Bombay plague: being a history of the progress of plague in the Bombay presidency from September 1896 to June 1899
Year: 1896
Disease focus: Plague
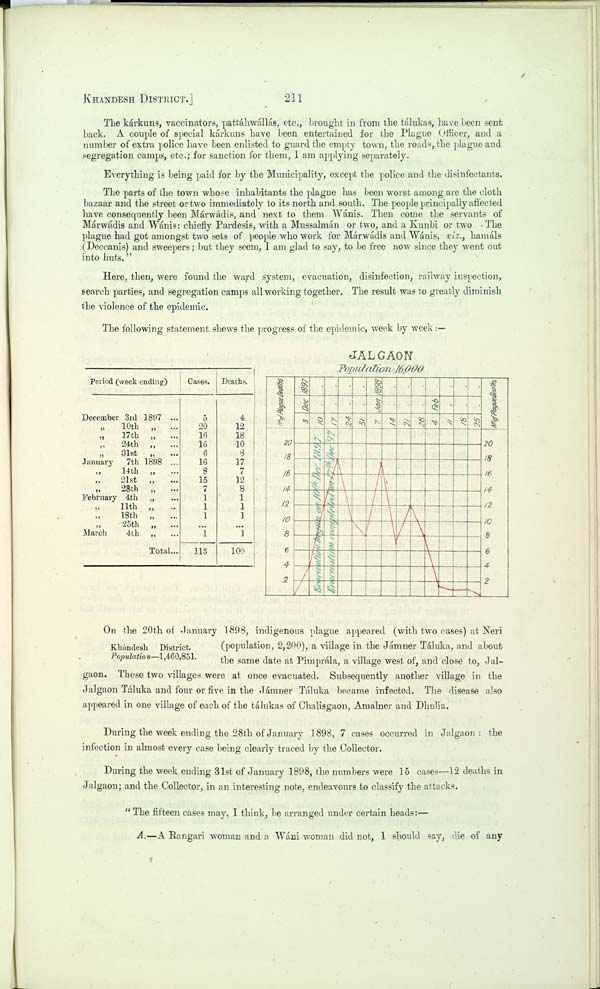
KHANDESH DISTRICT.]
211
The kárkuns, vaccinators, pattáhwállás, etc., brought in from the tálukas, have been sent
back. A couple of special kárkuns have been entertained for the Plague Officer, and a
number of extra police have been enlisted to guard the empty town, the roads, the plague and
segregation camps, etc.; for sanction for them, I am applying separately.
Everything is being paid for by the Municipality, except the police and the disinfectants.
The parts of the town whose inhabitants the plague has been worst among are the cloth
bazaar and the street or two immediately to its north and south. The people principally affected
have consequently been Márwádis, and next to them Wánis. Then come the servants of
Márwádis and Wánis: chiefly Pardesis, with a Mussalmán or two, and a Kunbi or two. The
plague had got amongst two sets of people who work for Márwádis and Wánis, viz., hamáls
(Deccanis) and sweepers; but they seem, I am glad to say, to be free now since they went out
into huts."
Here, then, were found the ward system, evacuation, disinfection, railway inspection,
search parties, and segregation camps all working together. The result was to greatly diminish
the violence of the epidemic.
The following statement shews the progress of the epidemic, week by week:—
Period (week ending)
December 3rd
1897
"
10th
"
" 17th "
" 24th "
"
31st
"
January
7th 1898
" 14th "
"
21st
"
" 28th "
February 4th "
" 11th "
" 18th "
" 25th "
March
4th "
Total
Cases.
5
20
16
16
6
16
8
15
7
1
1
1
1
113
Deaths.
4
12
18
10
8
17
7
12
8
1
1
1
1
100
JALGAON
Population 16,000
Khándesh District.
Population—1,460,851.
On the 20th of January 1898, indigenous plague appeared (with two cases) at Neri
(population, 2,200), a village in the Jámner Táluka, and about
the same date at Pimprála, a village west of, and close to, Jal-
gaon. These two villages were at once evacuated. Subsequently another village in the
Jalgaon Táluka and four or five in the Jámner Táluka became infected. The disease also
appeared in one village of each of the tálukas of Chalisgaon, Amalner and Dhulia.
During the week ending the 28th of January 1898, 7 cases occurred in Jalgaon: the
infection in almost every case being clearly traced by the Collector.
During the week ending 31st of January 1898, the numbers were 15 cases—12 deaths in
Jalgaon; and the Collector, in an interesting note, endeavours to classify the attacks.
"The fifteen cases may, I think, be arranged under certain heads:—
A.—A Rangari woman and a Wáni woman did not, I should say, die of any